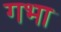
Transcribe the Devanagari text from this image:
गभा